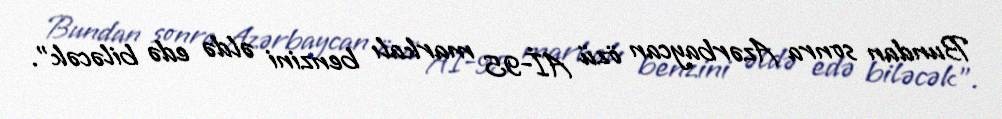
Bundan sonra Azərbaycan özü Aİ-95 markalı benzini əldə edə biləcək".